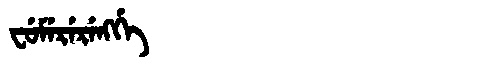
Manchu: ᠸᡠᠮᡝᡵᡝᡵᡝᠩᡤᡝ
Romanization: FUMERERENGGE